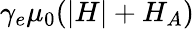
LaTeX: \gamma_{e}\mu_{0}(|H|+H_{A})